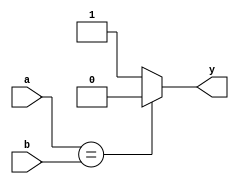
`timescale 1ns / 1ps

module xor_2bit(a,b,y);
input a,b;
output reg y;
always @ (a or b) begin
   if (a == b)
       	y = 1'b0;
   else 
       y = 1'b1; 
end


endmodule

module xor_32bit(a,b,y);
input [31:0]a;
input [31:0]b;
output [31:0]y;

xor_2bit t0(.a(a[0]),.b(b[0]),.y(y[0]));
xor_2bit t1(.a(a[1]),.b(b[1]),.y(y[1]));
xor_2bit t2(.a(a[2]),.b(b[2]),.y(y[2]));
xor_2bit t3(.a(a[3]),.b(b[3]),.y(y[3]));
xor_2bit t4(.a(a[4]),.b(b[4]),.y(y[4]));
xor_2bit t5(.a(a[5]),.b(b[5]),.y(y[5]));
xor_2bit t6(.a(a[6]),.b(b[6]),.y(y[6]));
xor_2bit t7(.a(a[7]),.b(b[7]),.y(y[7]));
xor_2bit t8(.a(a[8]),.b(b[8]),.y(y[8]));
xor_2bit t9(.a(a[9]),.b(b[9]),.y(y[9]));
xor_2bit t10(.a(a[10]),.b(b[10]),.y(y[10]));
xor_2bit t11(.a(a[11]),.b(b[11]),.y(y[11]));
xor_2bit t12(.a(a[12]),.b(b[12]),.y(y[12]));
xor_2bit t13(.a(a[13]),.b(b[13]),.y(y[13]));
xor_2bit t14(.a(a[14]),.b(b[14]),.y(y[14]));
xor_2bit t15(.a(a[15]),.b(b[15]),.y(y[15]));
xor_2bit t16(.a(a[16]),.b(b[16]),.y(y[16]));
xor_2bit t17(.a(a[17]),.b(b[17]),.y(y[17]));
xor_2bit t18(.a(a[18]),.b(b[18]),.y(y[18]));
xor_2bit t19(.a(a[19]),.b(b[19]),.y(y[19]));
xor_2bit t20(.a(a[20]),.b(b[20]),.y(y[20]));
xor_2bit t21(.a(a[21]),.b(b[21]),.y(y[21]));
xor_2bit t22(.a(a[22]),.b(b[22]),.y(y[22]));
xor_2bit t23(.a(a[23]),.b(b[23]),.y(y[23]));
xor_2bit t24(.a(a[24]),.b(b[24]),.y(y[24]));
xor_2bit t25(.a(a[25]),.b(b[25]),.y(y[25]));
xor_2bit t26(.a(a[26]),.b(b[26]),.y(y[26]));
xor_2bit t27(.a(a[27]),.b(b[27]),.y(y[27]));
xor_2bit t28(.a(a[28]),.b(b[28]),.y(y[28]));
xor_2bit t29(.a(a[29]),.b(b[29]),.y(y[29]));
xor_2bit t30(.a(a[30]),.b(b[30]),.y(y[30]));
xor_2bit t31(.a(a[31]),.b(b[31]),.y(y[31]));



endmodule